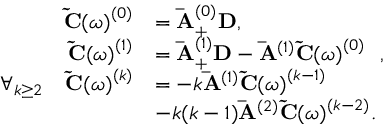
\begin{array} { r l } { \mathbf { \tilde { C } ( } \omega \mathbf { ) } ^ { ( 0 ) } } & { = \mathbf { \bar { A } } _ { + } ^ { ( 0 ) } \mathbf { D } , } \\ { \mathbf { \tilde { C } ( } \omega \mathbf { ) } ^ { ( 1 ) } } & { = \mathbf { \bar { A } } _ { + } ^ { ( 1 ) } \mathbf { D } - \mathbf { \bar { A } } ^ { ( 1 ) } \mathbf { \tilde { C } ( } \omega \mathbf { ) } ^ { ( 0 ) } \ \ , } \\ { \forall _ { k \geq 2 } \ \ \ \mathbf { \tilde { C } ( } \omega \mathbf { ) } ^ { ( k ) } } & { = - k \mathbf { \bar { A } } ^ { ( 1 ) } \mathbf { \tilde { C } ( } \omega \mathbf { ) } ^ { ( k - 1 ) } } \\ & { - k ( k - 1 ) \mathbf { \bar { A } } ^ { ( 2 ) } \mathbf { \tilde { C } ( } \omega \mathbf { ) } ^ { ( k - 2 ) } . } \end{array}